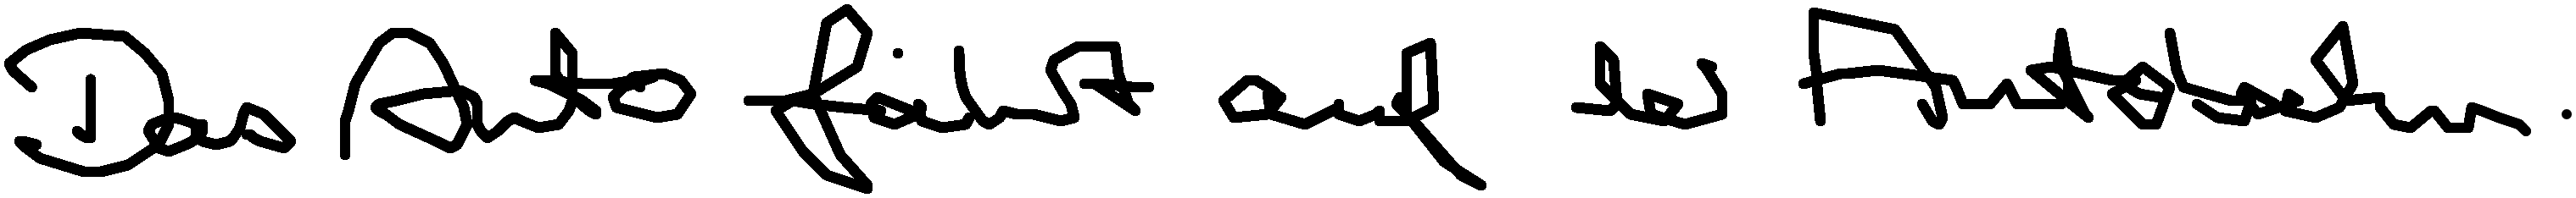
Das Auto fährt auf der Autobahn.